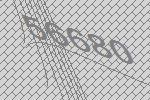
56680